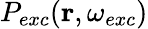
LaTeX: P_{exc}(\mathbf{r},\omega_{exc})